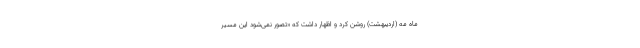
ماه مه (اردیبهشت) روشن کرد و اظهار داشت که «تصور نمی‌شود این مسیر